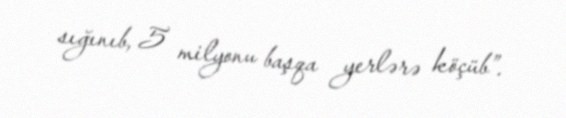
sığınıb, 5 milyonu başqa yerlərə köçüb”.